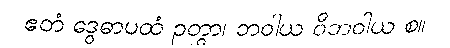
ဧတံ ဒွေဓာပထံ ဉတွာ၊ ဘဝါယ ဝိဘဝါယ စ။